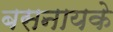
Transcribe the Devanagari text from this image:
बसनायके